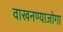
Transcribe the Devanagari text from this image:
वाखनण्याजोगा